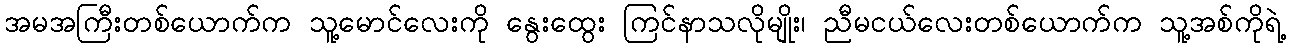
အမအကြီးတစ်ယောက်က သူ့မောင်လေးကို နွေးထွေး ကြင်နာသလိုမျိုး၊ ညီမငယ်လေးတစ်ယောက်က သူ့အစ်ကိုရဲ့